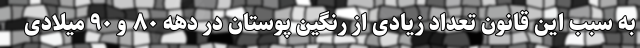
به سبب این قانون تعداد زیادی از رنگین پوستان در دهه ۸۰ و ۹۰ میلادی